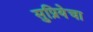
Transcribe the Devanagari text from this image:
सुप्रियेचा